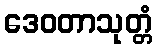
ဒေဝတာသုတ္တံ